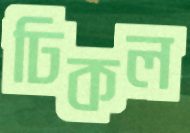
ঢিকল